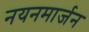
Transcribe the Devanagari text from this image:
नयनमार्जन